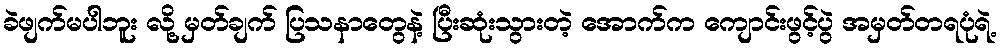
ခဲဖျက်မပါဘူး လို့ မှတ်ချက် ပြသနာတွေနဲ့ ပြီးဆုံးသွားတဲ့ အောက်က ကျောင်းဖွင့်ပွဲ အမှတ်တရပုံရဲ့